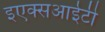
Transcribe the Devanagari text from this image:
इएक्सआईटी